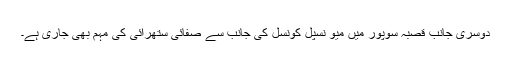
دوسری جانب قصبہ سوپور میں میو نسپل کونسل کی جانب سے صفائی ستھرائی کی مہم بھی جاری ہے۔